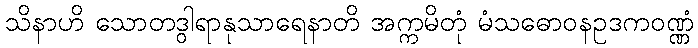
သိနာဟိ သောတဒွါရာနုသာရေနာတိ အက္ကမိတုံ မံသဓောဝနဥဒကဝဏ္ဏံ